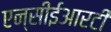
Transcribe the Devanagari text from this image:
एन्सीईआरटी